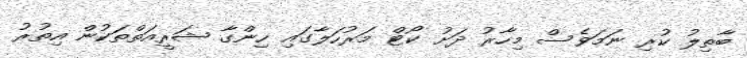
ބާތިލު ކުރި ނަމަވެސް މިހާރު ދަށު ކޯޓް މަރުހަލާގައި ހިންގާ ޝަރީއަތްތަކުން އިތުރު